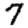
Digit: 7